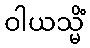
ဝါယသ္မိံ